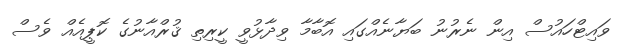
ވައިޓްހައުސް އިން ނެރުނު ބަޔާނެއްގައި އޮބާމާ ވިދާޅުވީ ކީރިތި ޤުރްއާނުގެ ކޮޕީއެއް ވެސް